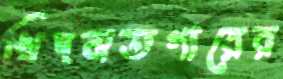
খিদমতগারের